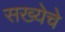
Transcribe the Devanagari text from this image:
सख्येचे